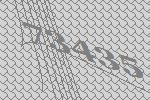
73435